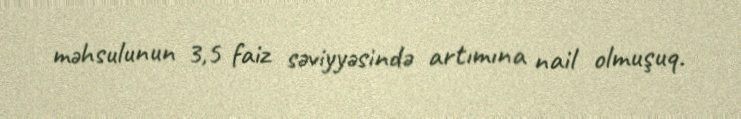
məhsulunun 3,5 faiz səviyyəsində artımına nail olmuşuq.